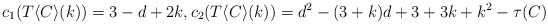
\begin{align*}c_1(T\langle C\rangle(k)) = 3-d+2k, c_2(T\langle C\rangle(k)) = d^2-(3+k)d+3+3k+k^2- \tau(C)\end{align*}